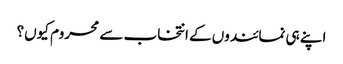
اپنے ہی نمائندوں کے انتخاب سے محروم کیوں؟